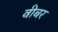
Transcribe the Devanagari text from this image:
वीबर